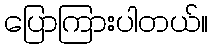
ပြောကြားပါတယ်။